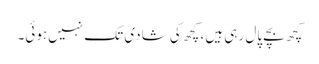
کچھ بچے پال رہی ہیں، کچھ کی شادی تک نہیں‌ہوئی۔